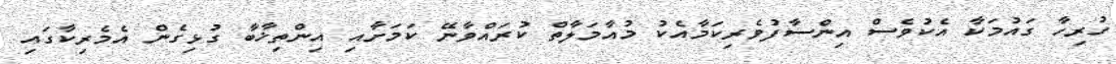
ހުރިހާ ގައުމަކާ އެކުވެސް އިންސާފުވެރިކަމާއެކު މުއާމަލާތް ކުރައްވާނޭ ކަމަށާއި އިންތިޚާބާ ގުޅިގެން އެމެރިކާގައި